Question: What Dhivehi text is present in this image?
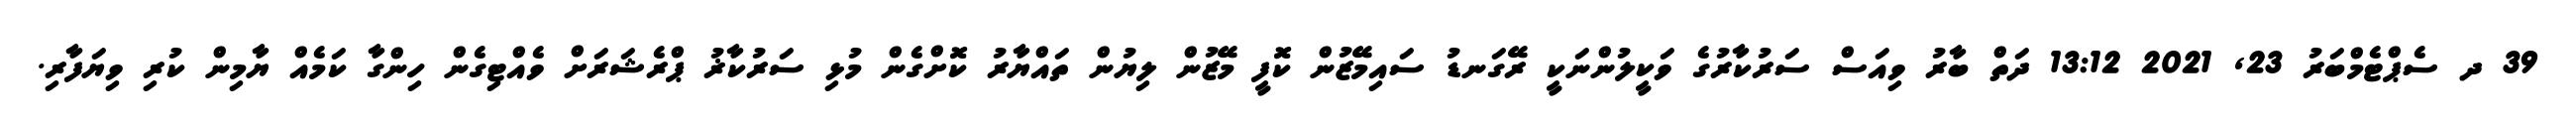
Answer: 39 ދ ސެޕްޓެމްބަރު 23, 2021 13:12 ދަތް ބާރު ވިއަސް ސަރުކާރުގެ ވަކީލުންނަކީ ރޭގަނޑު ސައިމޭޒުން ކޮފީ މޭޒުން ލިޔުން ތައްޔާރު ކޮށްގެން މުޅި ސަރުކާޜު ޕްރެޝަރަށް ވެއްޓިގެން ހިންގާ ކަމެއް ޔާމިން ކުރި ވިޔަފާރި.